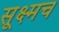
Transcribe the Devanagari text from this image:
सूक्ष्मच